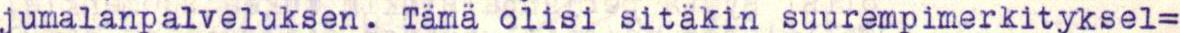
jumalanpalveluksen. Tämä olisi sitäkin suurempimerkityksel=